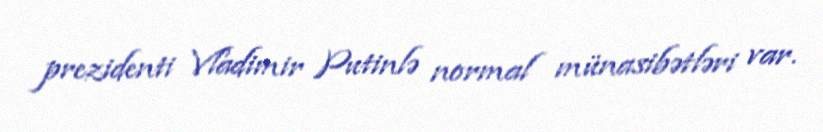
prezidenti Vladimir Putinlə normal münasibətləri var.